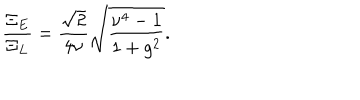
\frac { \Xi _ { E } } { \Xi _ { L } } = \frac { \sqrt { 2 } } { 4 \nu } \sqrt { \frac { \nu ^ { 4 } - 1 } { 1 + g ^ { 2 } } } .